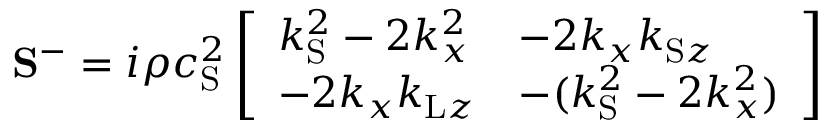
\mathbf { S } ^ { - } = i \rho c _ { \mathrm { S } } ^ { 2 } \left[ \begin{array} { l l } { k _ { \mathrm { S } } ^ { 2 } - 2 k _ { x } ^ { 2 } } & { - 2 k _ { x } k _ { \mathrm { S } z } } \\ { - 2 k _ { x } k _ { \mathrm { L } z } } & { - ( k _ { \mathrm { S } } ^ { 2 } - 2 k _ { x } ^ { 2 } ) } \end{array} \right]